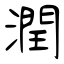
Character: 潤